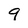
Character: 9